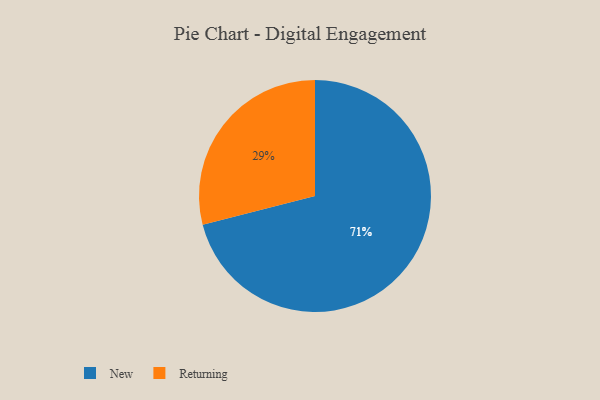
{"axis": {"x": "Category", "y": "Percentage"}, "legend": ["New", "Returning"], "data": [{"x": "New", "y": 71, "type": "New"}, {"x": "Returning", "y": 29, "type": "Returning"}]}